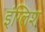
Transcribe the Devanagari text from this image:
इंग्‍लिश